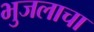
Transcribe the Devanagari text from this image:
भुजलाचा